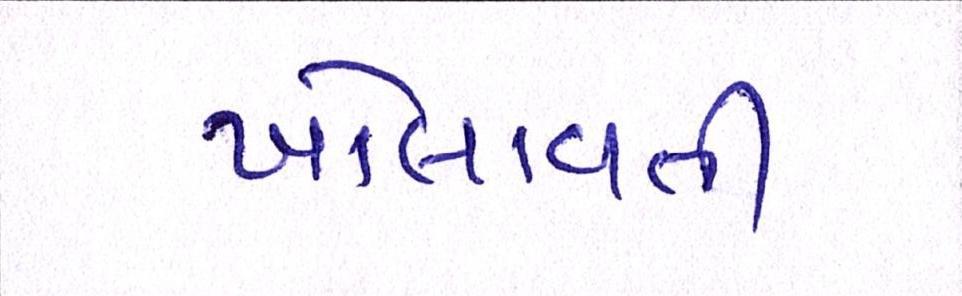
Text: ખોલાવતી